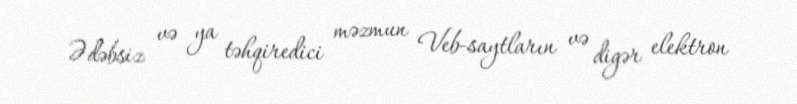
Ədəbsiz və ya təhqiredici məzmun Veb-saytların və digər elektron